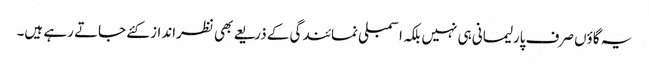
یہ گاؤں صرف پارلیمانی ہی نہیں بلکہ اسمبلی نمائندگی کے ذریعے بھی نظرانداز کئے جاتے رہے ہیں۔